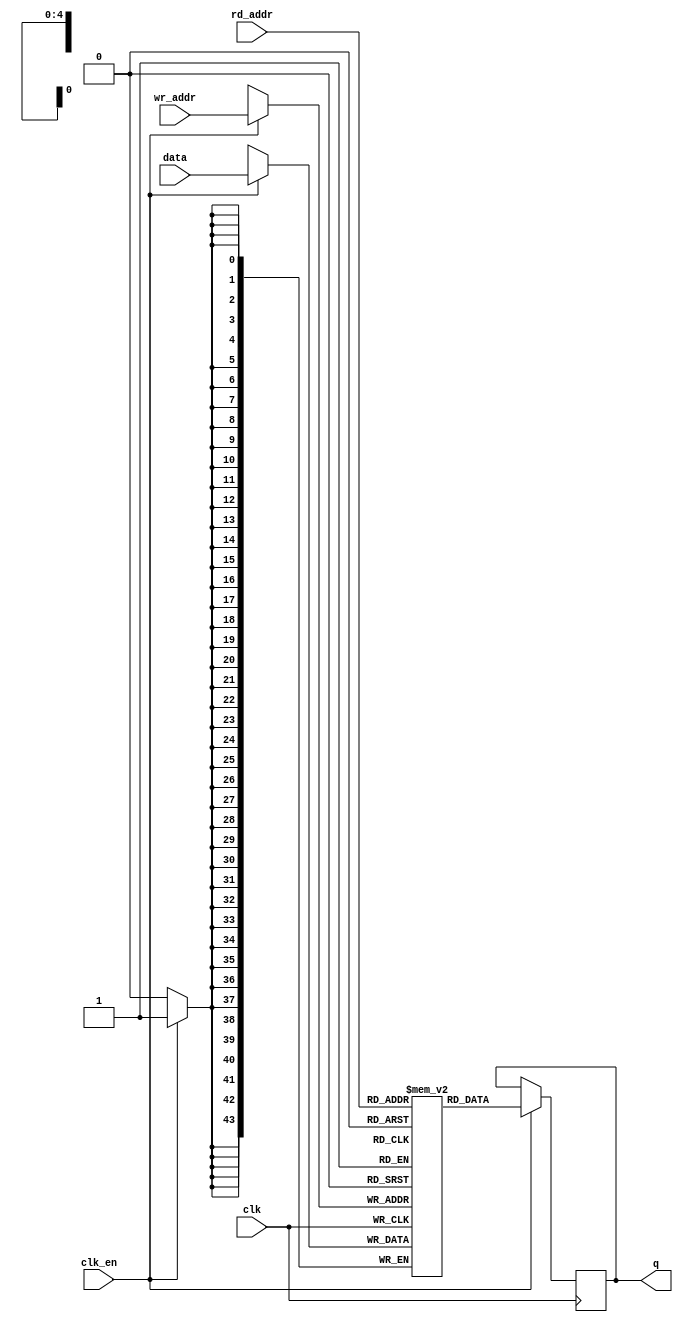
`timescale 1ns / 1ps


/* This file is part of JT12.

 
	JT12 program is free software: you can redistribute it and/or modify
	it under the terms of the GNU General Public License as published by
	the Free Software Foundation, either version 3 of the License, or
	(at your option) any later version.

	JT12 program is distributed in the hope that it will be useful,
	but WITHOUT ANY WARRANTY; without even the implied warranty of
	MERCHANTABILITY or FITNESS FOR A PARTICULAR PURPOSE.  See the
	GNU General Public License for more details.

	You should have received a copy of the GNU General Public License
	along with JT12.  If not, see <http://www.gnu.org/licenses/>.

	Based on Sauraen VHDL version of OPN/OPN2, which is based on die shots.

	Author: Jose Tejada Gomez. Twitter: @topapate
	Version: 1.0
	Date: 27-1-2017	

*/

module jt12_opram
(
	input [4:0] wr_addr,
	input [4:0] rd_addr,
	input clk, 
	input clk_en,
	input [43:0] data,
	output reg [43:0] q
);

	reg [43:0] ram[31:0];

	always @ (posedge clk) if(clk_en) begin
		q <= ram[rd_addr];
		ram[wr_addr] <= data;
	end

endmodule